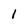
Character: 1